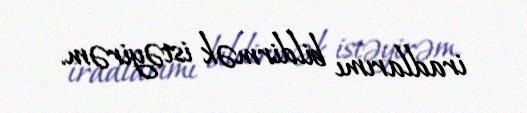
iradlarımı bildirmək istəyirəm.